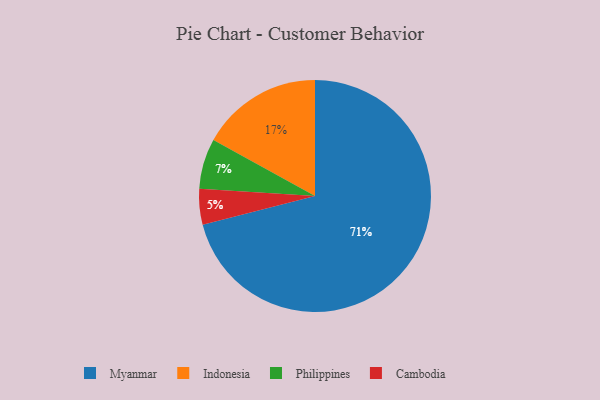
{"axis": {"x": "Category", "y": "Percentage"}, "legend": ["Cambodia", "Indonesia", "Myanmar", "Philippines"], "data": [{"x": "Indonesia", "y": 17, "type": "Indonesia"}, {"x": "Cambodia", "y": 5, "type": "Cambodia"}, {"x": "Philippines", "y": 7, "type": "Philippines"}, {"x": "Myanmar", "y": 71, "type": "Myanmar"}]}